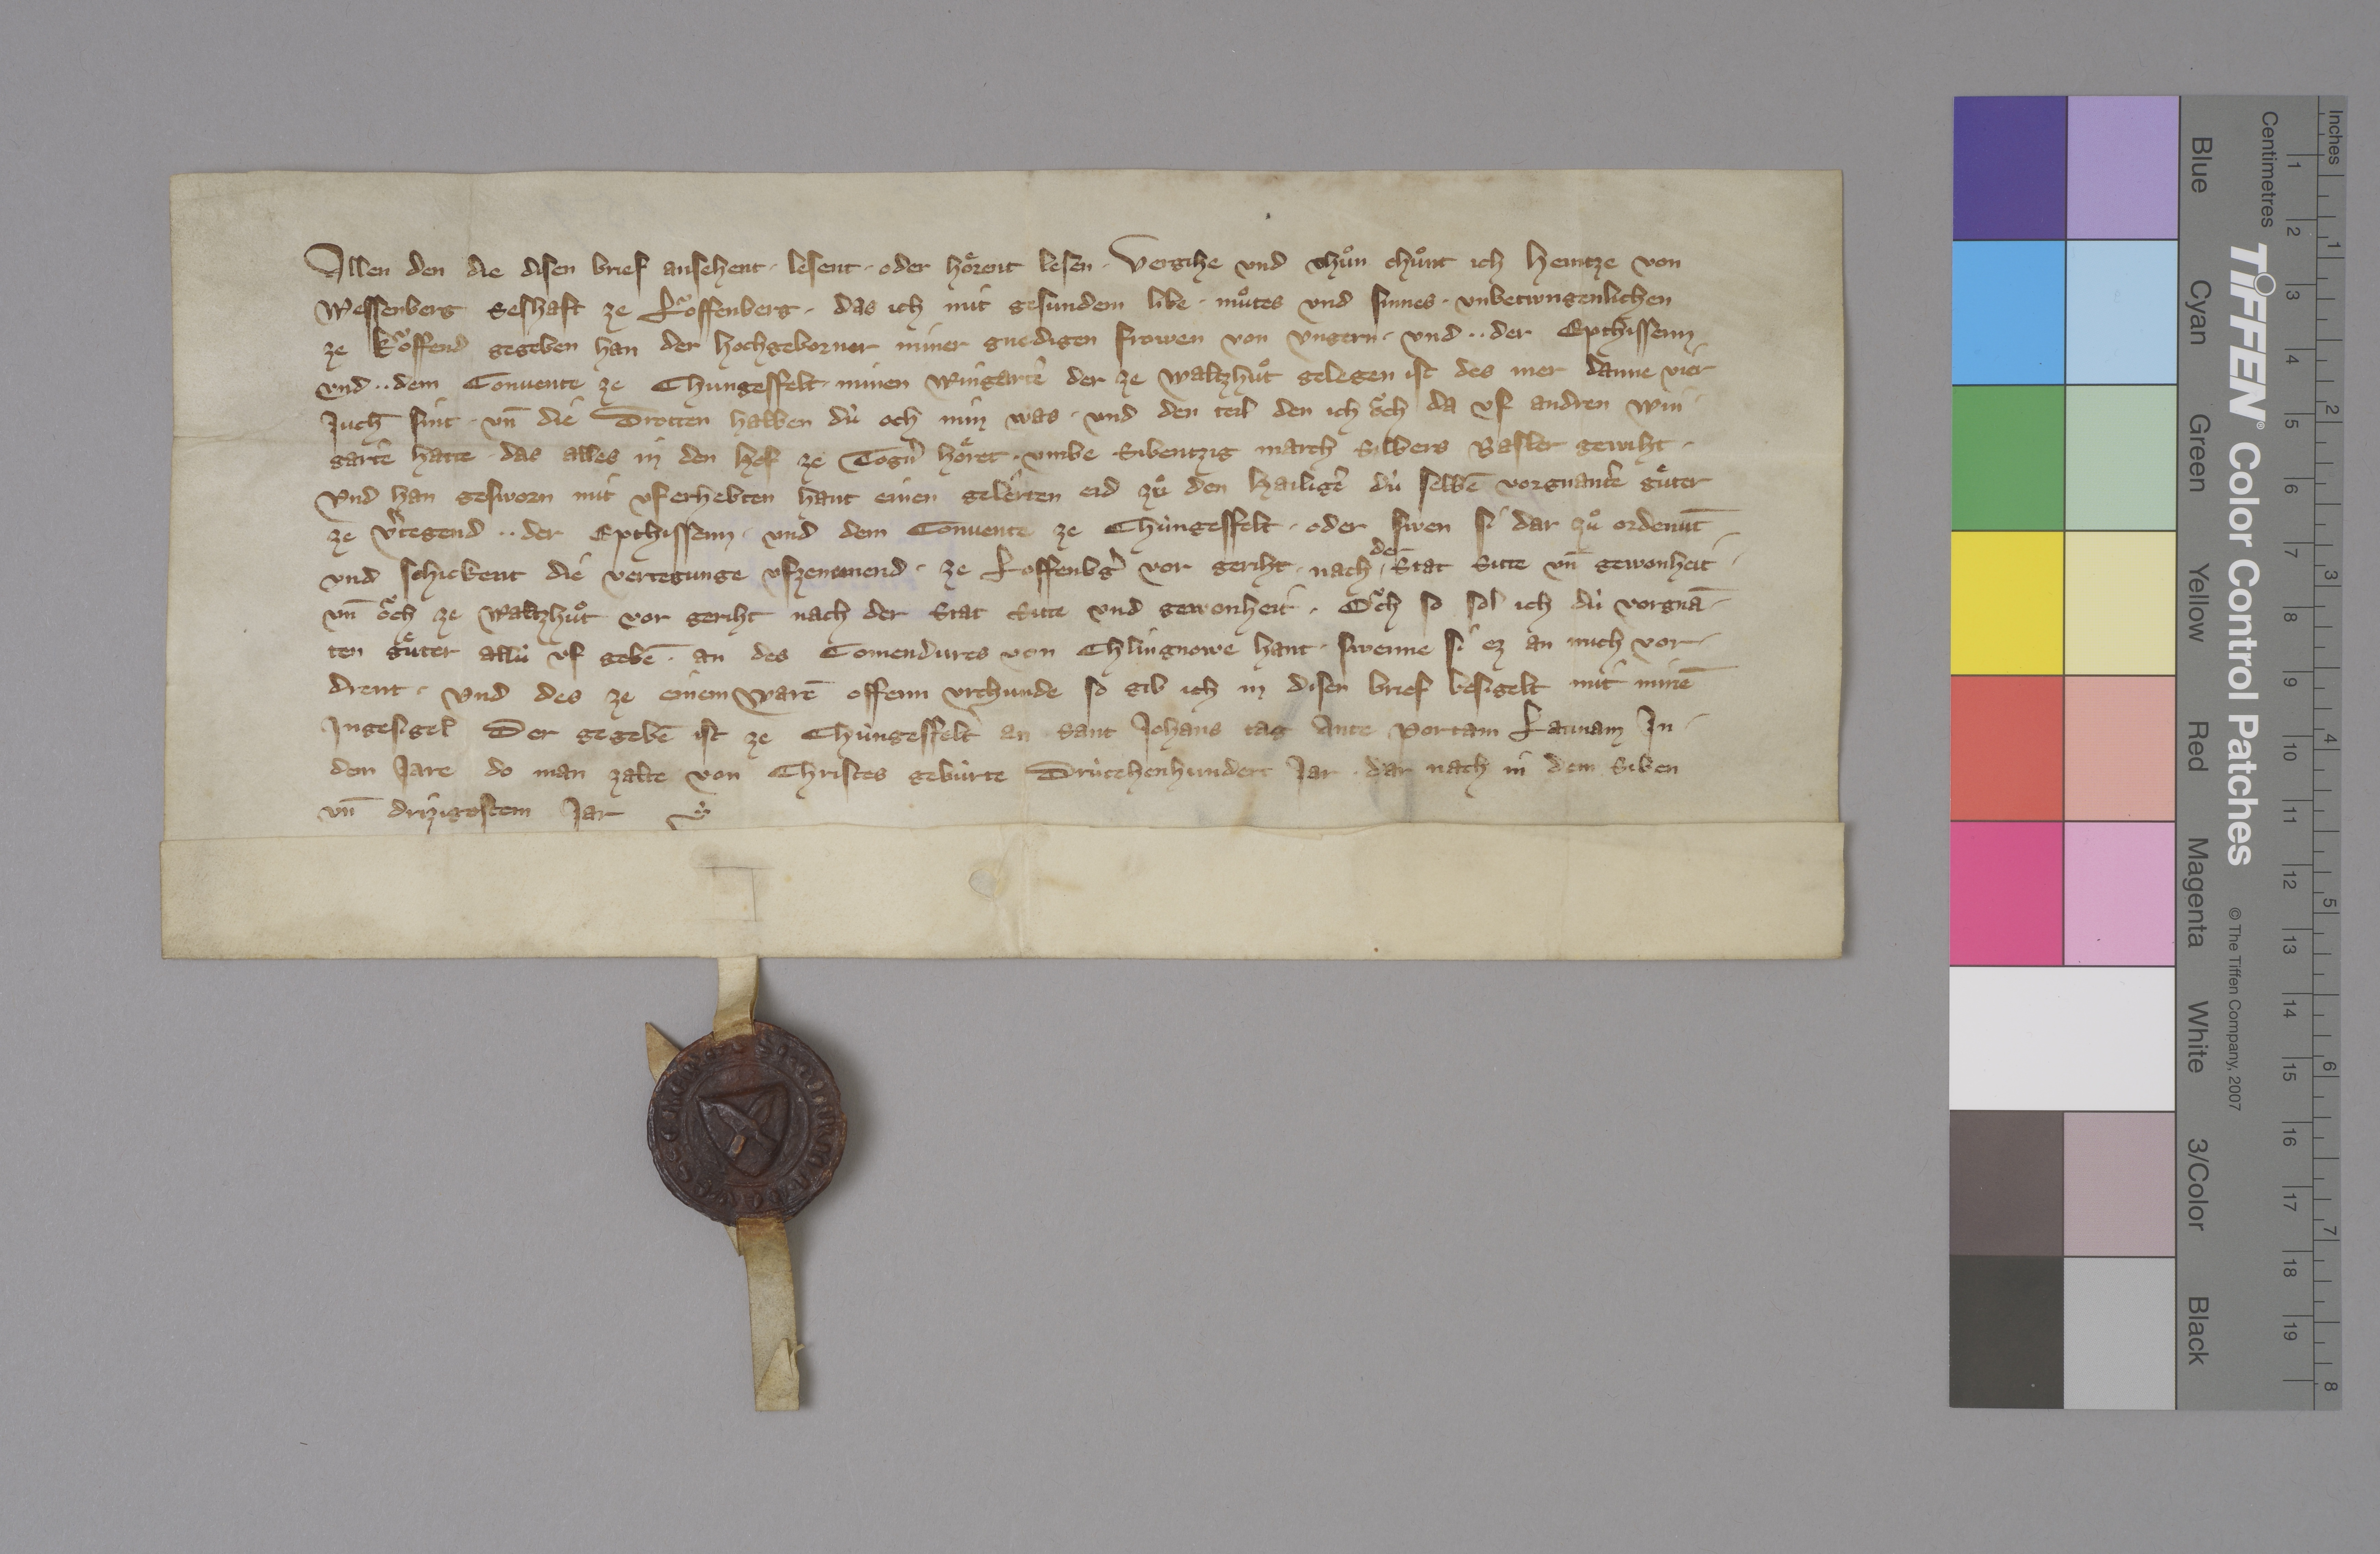
Allen den, die disen brief ansehent, ✳ lesent ✳ oder hoͤrent lesen, vergihe und thuͦn chuͦnt ich, Heintze von
Wessenberg, seshaft ze Loͧffenberg, ✳ das ich mit gesundem libe, ✳ muͦtes und sinnes ✳ unbetwngenlichen
ze koͧffend gegeben han der hochgeborner, miner gnedigen frowen von Ungern ✳ und ✳ ✳ der epthissenn
und ✳ ✳ dem convente ze Chungesfelt ✳ minen wingartē, der ze Waltzhuͦt gelegen ist, des mer danne vier
juch̄ sint ✳ un̄ die drotten halben, dù och min was, ✳ und den teil, den ich oͧch uf andren win¬
gartē hatte, ✳ das alles in den hof ze Togˀn hoͤret, ✳ umbe sibentzig march silbers Basler gewiht. ✳
und han gesworn mit uferhebten hant einen gelêrten eid zuͦ den hailigē dù selbē vorgnantē guͤter
ze vˀtegend ✳ ✳ der epthissenn ✳ und dem convent ze Chùngesfelt, ✳ oder swen si dar zuͦ ordenn̄t
und schickent die vertegunge ufzenemend, ✳ ze Loffenbˀg vor gericht, ✳ nach ✳
der
stat sitte un̄ gewonheit ✳
un̄ oͧch ze Waltzhuͦt vor geriht nach der stat sitte und gewonheit. ✳ oͧch so sol ich, dù vorgnā¬
ten guͤter allù uf gebē an des comendures von Chlingnowe hant, swenne si ez an mich vor¬
drent. ✳ und des ze einem warē, offenn urchunde so gib ich in disen brief, besigelt mit minē
ingesigel, ✳ der gegebē ist ze Chùngesfelt an sant Johans tag ante Portam Latinam in
dem jare, do man zalte von Christes gebùrte drùcehenhundert jar, ✳ dar nach in dem siben
un̄ drizigostem jar. ✳